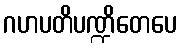
ဂဟပတိပဏ္ဍိတေပေ